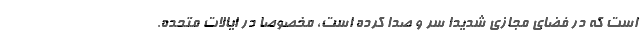
است که در فضای مجازی شدیدا سر و صدا کرده است، مخصوصا در ایالات متحده.